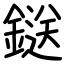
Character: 鎹